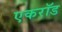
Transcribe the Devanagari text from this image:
एकरॉड